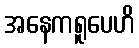
အနေကရူပေဟိ